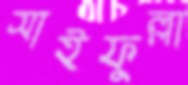
সাইফুল্লা